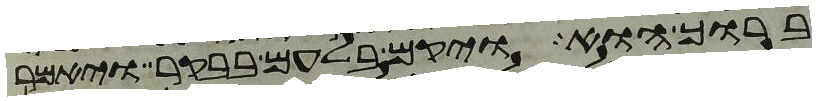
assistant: ברוך הוא ויקם בלעם בבקר ויאמר